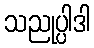
သညုပ္ပါဒါ